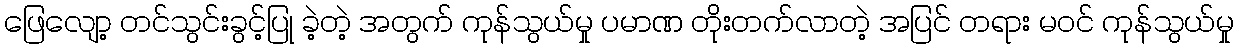
ဖြေလျော့ တင်သွင်းခွင့်ပြု ခဲ့တဲ့ အတွက် ကုန်သွယ်မှု ပမာဏ တိုးတက်လာတဲ့ အပြင် တရား မဝင် ကုန်သွယ်မှု